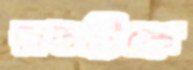
রাতটিকে